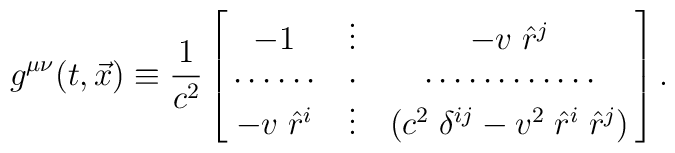
g^{\mu\nu}(t,\vec x) \equiv {1\over c^2}\left[ \matrix{-1&\vdots&-v \;\hat r^j\cr               \cdots\cdots&\cdot&\cdots\cdots\cdots\cdots\cr               -v \; \hat r^i&\vdots&(c^2 \; \delta^{ij} - v^2 \; \hat r^i \; \hat r^j )\cr } \right].